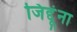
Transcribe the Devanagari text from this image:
जिद्दूंना